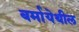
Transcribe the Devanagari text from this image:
बर्मायेथील